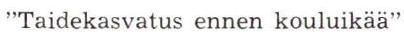
"Taidekasvatus ennen kouluikää"